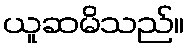
ယူဆမိသည်။